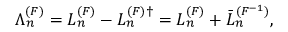
\Lambda _ { n } ^ { ( F ) } = { \cal L } _ { n } ^ { ( F ) } - { \cal L } _ { n } ^ { ( F ) \dagger } = { \cal L } _ { n } ^ { ( F ) } + \bar { \cal L } _ { n } ^ { ( F ^ { - 1 } ) } ,